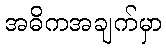
အဓိကအချက်မှာ